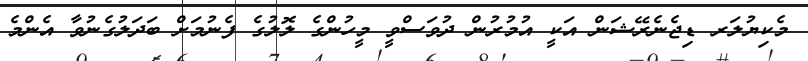
މެކިޔުލަރ ޑިޖެނެރޭޝަން އަކީ އުމުރުން ދުވަސްވީ މީހުންގެ ލޮލުގެ ފެނުމަށް ބަދަލުގެނުވާ އެންމެ